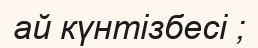
ай күнтізбесі ;